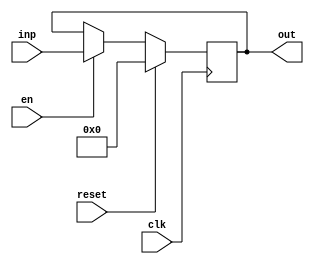
module registerNbits #(parameter N = 32) (clk,reset,en, inp, out);
	input clk,reset,en;
	output  reg signed[N-1:0] out;
	input signed [N-1:0] inp;
	always @(posedge clk)
		begin
			if (reset) 
				out <= 'b0;
			else if(en)
				out <= inp;
			
		end
endmodule
module registered_FPM #(parameter N = 32 ) (clk,reset,en,A,B,Result,Overflow, UnderFlow, Zero);


input clk,reset,en;

input signed [N-1:0] A, B;
output  signed [N-1:0] Result;
output Overflow, UnderFlow, Zero;
wire [N-1:0] A_reg;
wire [N-1:0] B_reg;
wire [N-1:0] out_reg;
wire out_OF, out_UF, out_ZF;


registerNbits #(32) regA (clk,reset,en,A, A_reg);
registerNbits #(32) regB (clk,reset,en,B, B_reg);
FPM mult (A_reg, B_reg, out_reg, out_OF, out_UF, out_ZF);
registerNbits #(35) out (clk, reset, en, {out_reg, out_OF, out_UF, out_ZF}, {Result, Overflow, UnderFlow, Zero});

endmodule